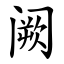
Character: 阙